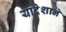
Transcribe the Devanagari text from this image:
यादेशाने